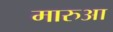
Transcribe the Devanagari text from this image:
मारुआ